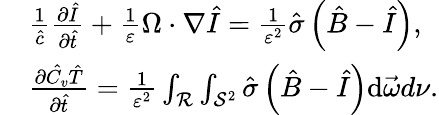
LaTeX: \begin{array}{rl}&{\frac{1}{\hat{c}}\frac{\partial\hat{I}}{\partial\hat{t}}+\frac{1}{\varepsilon}\Omega\cdot\nabla\hat{I}=\frac{1}{\varepsilon^{2}}\hat{\sigma}\left(\hat{B}-\hat{I}\right),}\\ &{\frac{\partial\hat{C_{v}}\hat{T}}{\partial\hat{t}}=\frac{1}{\varepsilon^{2}}\int_{\mathcal{R}}\int_{\mathcal{S}^{2}}\hat{\sigma}\left(\hat{B}-\hat{I}\right)\mathrm{d}\vec{\omega}d\nu.}\end{array}